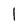
Character: l